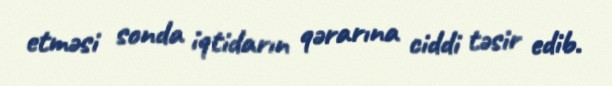
etməsi sonda iqtidarın qərarına ciddi təsir edib.